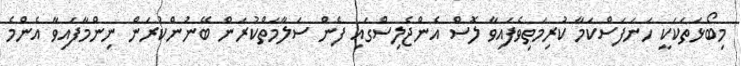
މިބޯޅަތަކަކީ ހަނަފަސްކަމާ ކުރިމަތިވެފައިވާ ލޮސް އެންޖެލިސްގައި ފެން ސަލާމަތްކުރަން ބޭނުންކުރަން ނިންމާފައިވާ އެންމެ